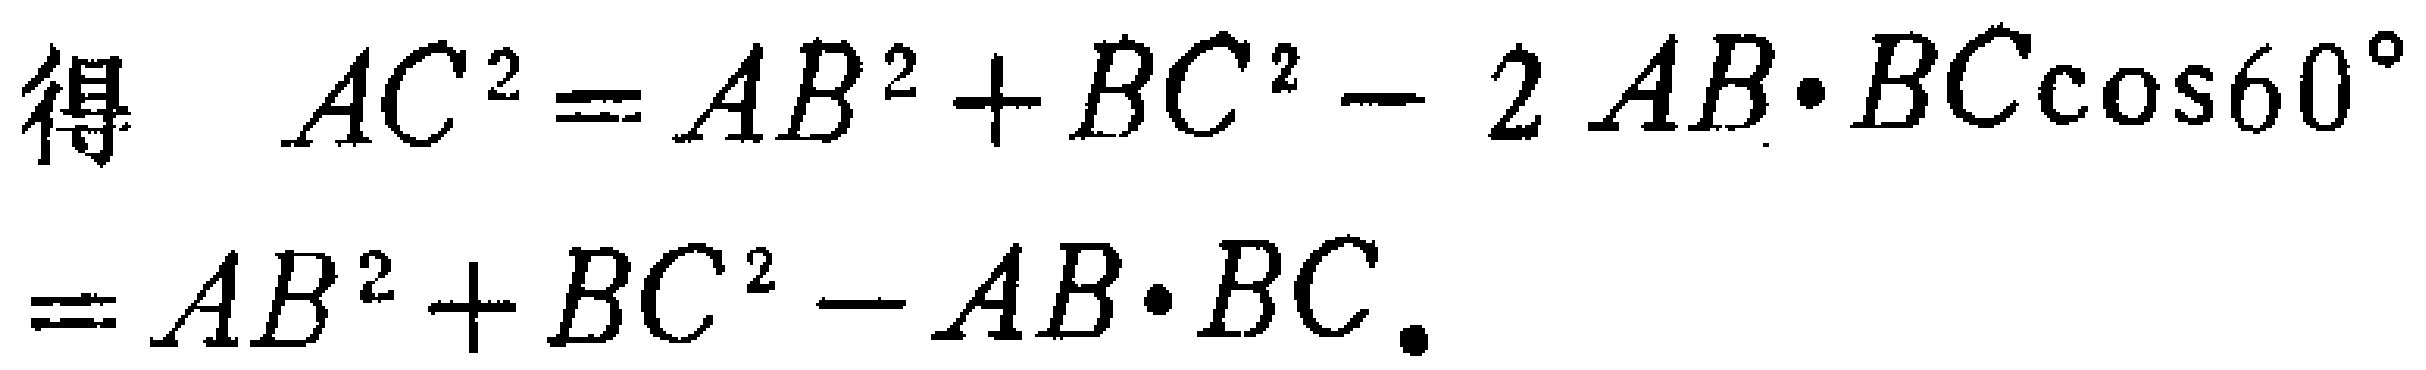
得 \(AC^{2}=AB^{2}+BC^{2}-2AB\cdot BC\cos60^{\circ}\)
\(=AB^{2}+BC^{2}-AB\cdot BC\).